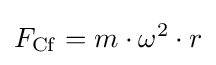
F_{\mathrm {Cf} }=m\cdot \omega ^{2}\cdot r